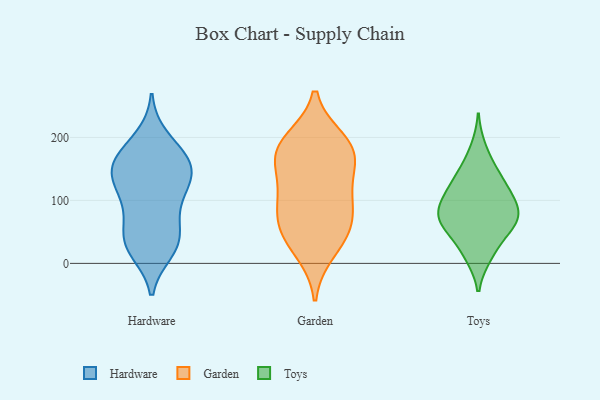
{"axis": {"x": "Production Output", "y": "Value"}, "legend": ["Garden", "Hardware", "Toys"], "data": [{"x": "", "y": 29, "type": "Hardware"}, {"x": "", "y": 131, "type": "Hardware"}, {"x": "", "y": 146, "type": "Hardware"}, {"x": "", "y": 62, "type": "Hardware"}, {"x": "", "y": 112, "type": "Hardware"}, {"x": "", "y": 175, "type": "Hardware"}, {"x": "", "y": 154, "type": "Hardware"}, {"x": "", "y": 47, "type": "Hardware"}, {"x": "", "y": 20, "type": "Hardware"}, {"x": "", "y": 94, "type": "Hardware"}, {"x": "", "y": 147, "type": "Hardware"}, {"x": "", "y": 146, "type": "Hardware"}, {"x": "", "y": 179, "type": "Hardware"}, {"x": "", "y": 153, "type": "Hardware"}, {"x": "", "y": 31, "type": "Hardware"}, {"x": "", "y": 199, "type": "Hardware"}, {"x": "", "y": 100, "type": "Hardware"}, {"x": "", "y": 30, "type": "Hardware"}, {"x": "", "y": 47, "type": "Garden"}, {"x": "", "y": 170, "type": "Garden"}, {"x": "", "y": 92, "type": "Garden"}, {"x": "", "y": 115, "type": "Garden"}, {"x": "", "y": 187, "type": "Garden"}, {"x": "", "y": 20, "type": "Garden"}, {"x": "", "y": 66, "type": "Garden"}, {"x": "", "y": 194, "type": "Garden"}, {"x": "", "y": 53, "type": "Garden"}, {"x": "", "y": 170, "type": "Garden"}, {"x": "", "y": 111, "type": "Garden"}, {"x": "", "y": 172, "type": "Garden"}, {"x": "", "y": 84, "type": "Toys"}, {"x": "", "y": 151, "type": "Toys"}, {"x": "", "y": 66, "type": "Toys"}, {"x": "", "y": 39, "type": "Toys"}, {"x": "", "y": 57, "type": "Toys"}, {"x": "", "y": 11, "type": "Toys"}, {"x": "", "y": 59, "type": "Toys"}, {"x": "", "y": 99, "type": "Toys"}, {"x": "", "y": 141, "type": "Toys"}, {"x": "", "y": 101, "type": "Toys"}, {"x": "", "y": 12, "type": "Toys"}, {"x": "", "y": 75, "type": "Toys"}, {"x": "", "y": 104, "type": "Toys"}, {"x": "", "y": 128, "type": "Toys"}, {"x": "", "y": 78, "type": "Toys"}, {"x": "", "y": 67, "type": "Toys"}, {"x": "", "y": 122, "type": "Toys"}, {"x": "", "y": 183, "type": "Toys"}]}